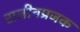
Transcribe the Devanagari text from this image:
राजीवप्रजक